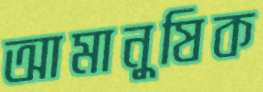
আমানুষিক